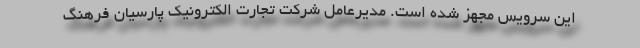
این سرویس مجهز شده است. مدیرعامل شرکت تجارت الکترونیک پارسیان فرهنگ